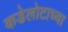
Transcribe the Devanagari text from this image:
कडेलोटाच्या